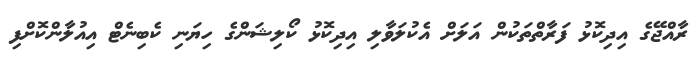
ރާއްޖޭގެ އިދިކޮޅު ފަރާތްތަކުން އަލަށް އެކުލަވާލި އިދިކޮޅު ކޯލިޝަންގެ ހިޔަނި ކެބިނެޓް އިއުލާންކޮށްފި